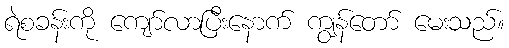
ရဲစခန်းကို ကျော်လာပြီးနောက် ကျွန်တော် မေးသည်။